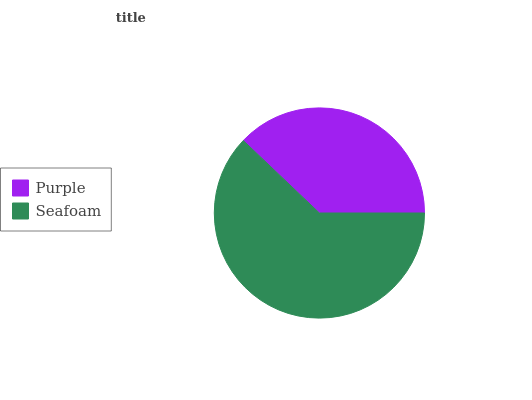
| Purple | Seafoam |
 | --- | --- |
 | 37.9% | 62.1% |